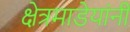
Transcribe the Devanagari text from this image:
क्षेत्रमाडेयांनी